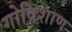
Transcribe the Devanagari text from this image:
गोविशाण